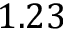
1 . 2 3